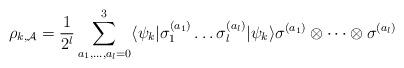
LaTeX: \begin{align*} \rho_{k,\mathcal{A}}=\frac{1}{2^l}\sum_{a_1,\dots,a_l=0}^3\langle\psi_k|\sigma_{ 1 }^{( a_1 )}\dots\sigma_{ l }^{( a_l )}|\psi_k\rangle\sigma^{( a_1 )}\otimes\dots\otimes\sigma^{( a_l )}\end{align*}